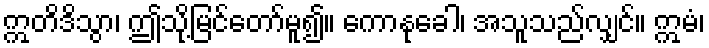
ဣတိဒိသွာ၊ ဤသို့မြင်တော်မူ၍။ ကောနုခေါ၊ အသူသည်လျှင်။ ဣမံ၊